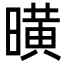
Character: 曂